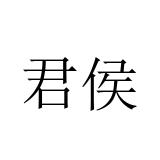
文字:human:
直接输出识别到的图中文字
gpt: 君侯